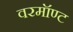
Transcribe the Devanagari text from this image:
वरमॉण्ट